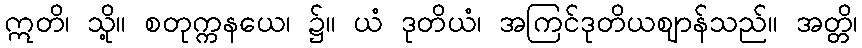
ဣတိ၊ သို့။ စတုက္ကနယေ၊ ၌။ ယံ ဒုတိယံ၊ အကြင်ဒုတိယဈာန်သည်။ အတ္တိ၊